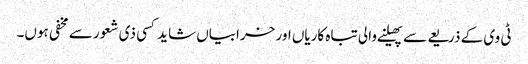
ٹی وی کے ذریعے سے پھیلنے والی تباہ کاریاں اور خرابیاں شاید کسی ذی شعور سے مخفی ہوں۔